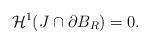
LaTeX: \begin{align*} \mathcal{H}^1(J \cap \partial B_R) = 0. \end{align*}